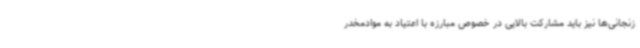
زنجانی‌ها نیز باید مشارکت بالایی در خصوص مبارزه با اعتیاد به موادمخدر